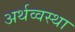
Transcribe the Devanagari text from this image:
अर्थव्वस्था